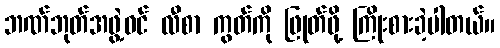
ဘဏ်ဘုတ်အဖွဲ့ဝင် လီစာ ကွတ်ကို ဖြုတ်ဖို့ ကြိုးစားခဲ့ပါတယ်။